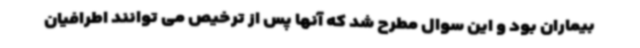
بیماران بود و این سوال مطرح شد که آنها پس از ترخیص می توانند اطرافیان